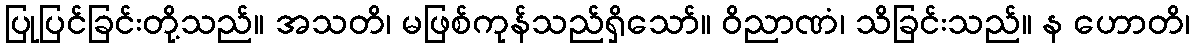
ပြုပြင်ခြင်းတို့သည်။ အသတိ၊ မဖြစ်ကုန်သည်ရှိသော်။ ဝိညာဏံ၊ သိခြင်းသည်။ န ဟောတိ၊